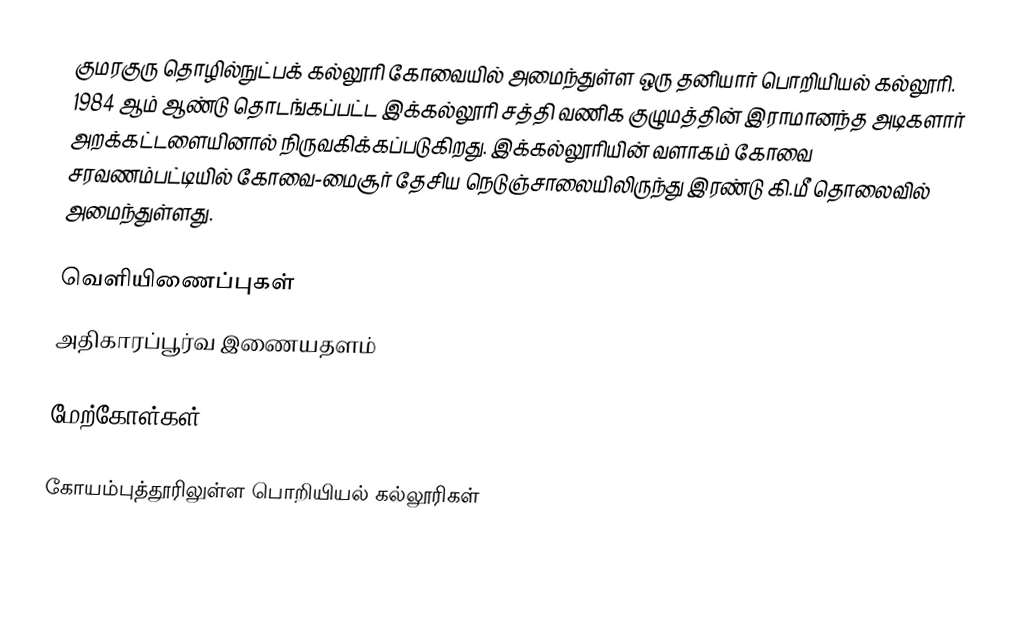
குமரகுரு தொழில்நுட்பக் கல்லூரி கோவையில் அமைந்துள்ள ஒரு தனியார் பொறியியல் கல்லூரி. 1984 ஆம் ஆண்டு தொடங்கப்பட்ட இக்கல்லூரி சத்தி வணிக குழுமத்தின் இராமானந்த அடிகளார் அறக்கட்டளையினால் நிருவகிக்கப்படுகிறது. இக்கல்லூரியின் வளாகம் கோவை சரவணம்பட்டியில் கோவை-மைசூர் தேசிய நெடுஞ்சாலையிலிருந்து இரண்டு கி.மீ தொலைவில் அமைந்துள்ளது.

வெளியிணைப்புகள்
அதிகாரப்பூர்வ இணையதளம்

மேற்கோள்கள்

கோயம்புத்தூரிலுள்ள பொறியியல் கல்லூரிகள்